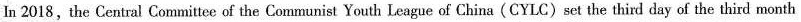
In 2018,the Central Committee of the Communist Youth League of China(CYLC) set the third day of the third month